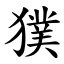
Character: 獛